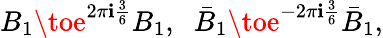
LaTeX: B_{1}\toe^{2\pi\mathbf{i}\frac{{3}}{{6}}}B_{1},\; \; \bar{{B}}_{1}\toe^{-2\pi\mathbf{i}\frac{{3}}{{6}}}\bar{{B}}_{1},